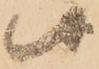
候